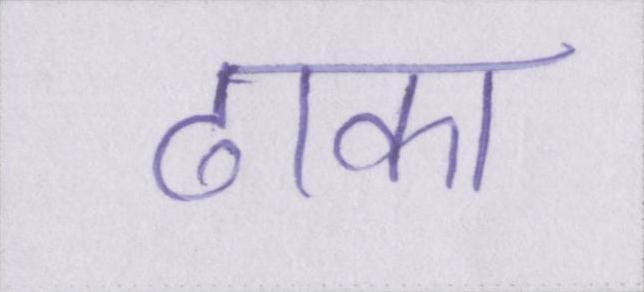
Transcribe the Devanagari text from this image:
ढाका